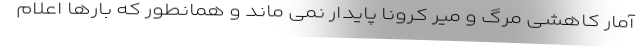
آمار کاهشی مرگ و میر کرونا پایدار نمی ماند و همانطور که بارها اعلام